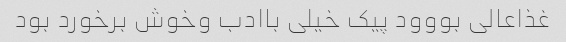
غذاعالی بووود پیک خیلی باادب وخوش برخورد بود